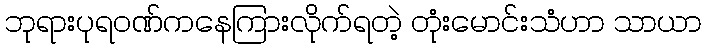
ဘုရားပုရဝဏ်ကနေကြားလိုက်ရတဲ့ တုံးမောင်းသံဟာ သာယာ